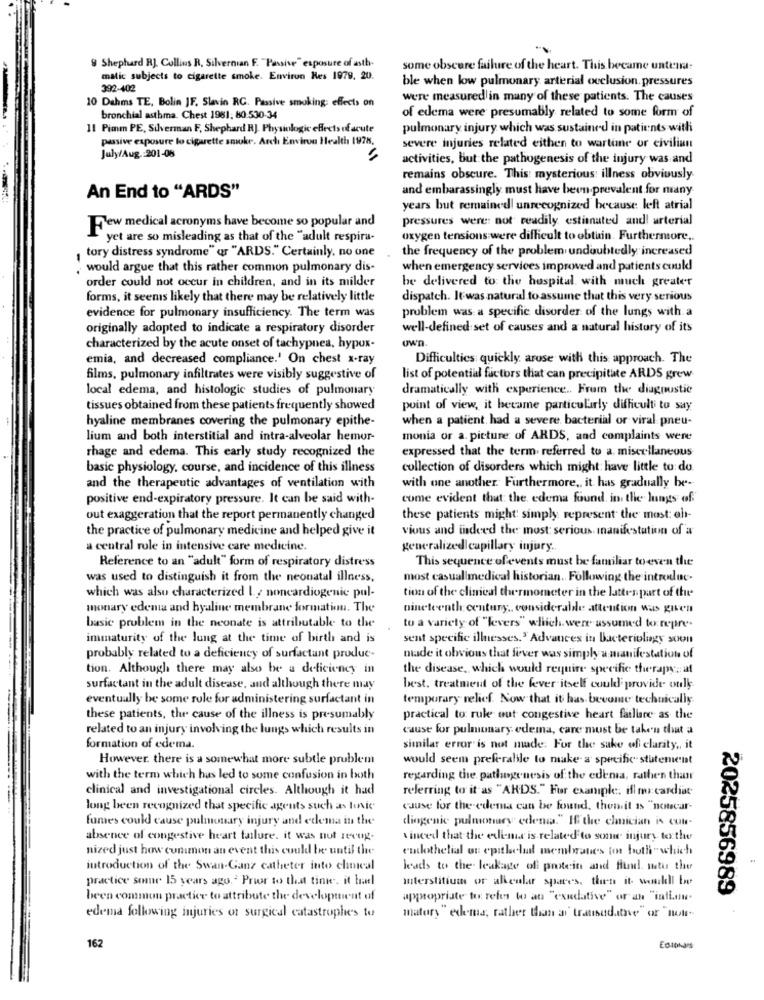
9 Shephard RJ. Collius R. Silvernian F. "Passive" esposure of asth-
some obscure failure of the heart. This became untena-
matic subjects to cigarette smoke. Environ Res 1979, 20.
ble when low pulmonary arterial occlusion. pressures
392-402
10 Dahms TE, Bolin JF. Slavin RC. Passive smoking; effects on
were measured in many of these patients. The causes
of edema were presumably related to some form of
bronchial asthma. Chest 1981: 80-530-34
11 Pimm PE, Silverman F, Shephard RJ. Physiologic effects of acute
pulmonary injury which was sustained in patients with
passive exposure lo cigarette smoke. Arch Environ Health 1978,
severe injuries related eithen to wartune or civilian
July/Aug .: 201-08
activities, but the pathogenesis of the injury was and
remains obscure. This mysterious illness obviously
and embarassingly must have been-prevalent for many
An End to "ARDS"
years but remained! unrecognized because: left atrial
pressures were: not readily estimated and! arterial
Few medical acronyms have become so popular and
yet are so misleading as that of the "adult respira-
oxygen tensions were difficult to obtain. Furthermore ..
, tory distress syndrome" qr "ARDS." Certainly, no one
the frequency of the problem undoubtedly increased
would argue that this rather common pulmonary dis-
when emergency services improved and patients could!
order could not occur in children, and in its milder
be delivered to the hospital, with much greater
forms, it seems likely that there may be relatively little
dispatch. It was natural to assume that this very serious
problem was a specific disorder of the lungs with a
evidence for pulmonary insufficiency. The term was
originally adopted to indicate a respiratory disorder
well-defined set of causes and a natural history of its
own
characterized by the acute onset of tachypnea, hypux-
emia, and decreased compliance.' On chest x-ray
Difficulties quickly arose with this approach. The
films, pulmonary infiltrates were visibly suggestive of
list of potential factors that can precipitate ARDS grew
local edema, and histologic studies of pulmonary
dramatically with experience .. From the diagnostic
tissues obtained from these patients frequently showed
point of view, it became particularly difficult to say
when a patient. had a severe bacterial or viral pneu-
hyaline membranes covering the pulmonary epithe-
lium and both interstitial and intra-alveolar hemor-
monia or a. picture of ARDS, and complaints were
expressed that the term referred to a. miscellaneous
rhage and edema. This early study recognized the
basic physiology, course, and incidence of this illness
collection of disorders which might have little to: do
and the therapeutic advantages of ventilation with
with one another. Furthermore ,, it has gradually be-
positive end-expiratory pressure. It can be said with-
come evident that the edema found. in the lungs of
out exaggeration that the report permanently changed
these patients might simply represent the mast: eh-
the practice of pulmonary medicine and helped give it
vious and indeed the most serious manifestation of a
a central role in intensive care medicine.
generalized capillary injury ..
This sequence of events must be familiar to even the
Reference to an "adult" form of respiratory distress
was used to distinguish it from the neonatal illness,
most casualimedical historian. Following the introduc.
which was also characterized Ly noncardiogenic pul-
tion of the clinical thermometer in the latter part of the
monary edema and hyaline membrane formation. The
nineteenth century ,, consideralde attention was given
basic problem in the neonate is attributable to the
to a variety of "levers" which. werr assumed to nopre-
immaturity of the lung at the time of birth and is
sent specific illnesses." Advances in Bacteriolgy soon
probably related to a deficiency of surfactant produc-
made it obvious that fever was simply a manifestation of
tion. Although there may also be a deficiency in
the disease, which would require specifie therapy; at
surfactant in the adult disease, and although there may
best. treatment of the fever itself could provide ouly
eventually be some role for administering surfactant in
temporary relief. Now that it has become technically
these patients, the cause of the illness is presumably
practical to rule out congestive heart failure as the
related to an injury involving the lungs which results in
cause for pulmonary edema, care must be taken that a
formation of edema.
similar error is not made: For the sake of clarity ,, it
However, there is a somewhat more subtle problem
would seem preferable to make a specific statement
with the term which has led to some confusion in both
regarding the pathogenesis of the edenia, rathen thar
clinical and investigational circles. Although it had
referring to it as "ARDS." For example, ifl mr cardiac
long been recognized that specific agents such as tovic
cause for the edema can be found, thenit is "noucar-
fumes could cause pulmonary injury and edema in the
diogenic pulmonary edenia." If the elanician is con-
absence of congestive heart failure. it was nut recog.
vinced that the edema is related to some injury to the
nized just how cunmon an event this could be until the
endothelial on epithelial membranes for both " which
introduction of the Swan-Ganz catheter into chmical
leads to the leakage of protein and find. Itu the
practice some 15 years ago.ª Prior to that tinwe. it had
interstitium or allenlar spaces, then it woukll be
2025856989
been common practice to attribute the development of
appropriate to refer to an "exudative" or an "infiou-
edema following injuries of surgical catastrophes to
matory " edema; rather than ai trausudative" or "nutr-
162